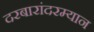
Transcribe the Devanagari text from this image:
दरबारांदरम्यान